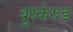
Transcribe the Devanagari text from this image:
बुस्केरुड